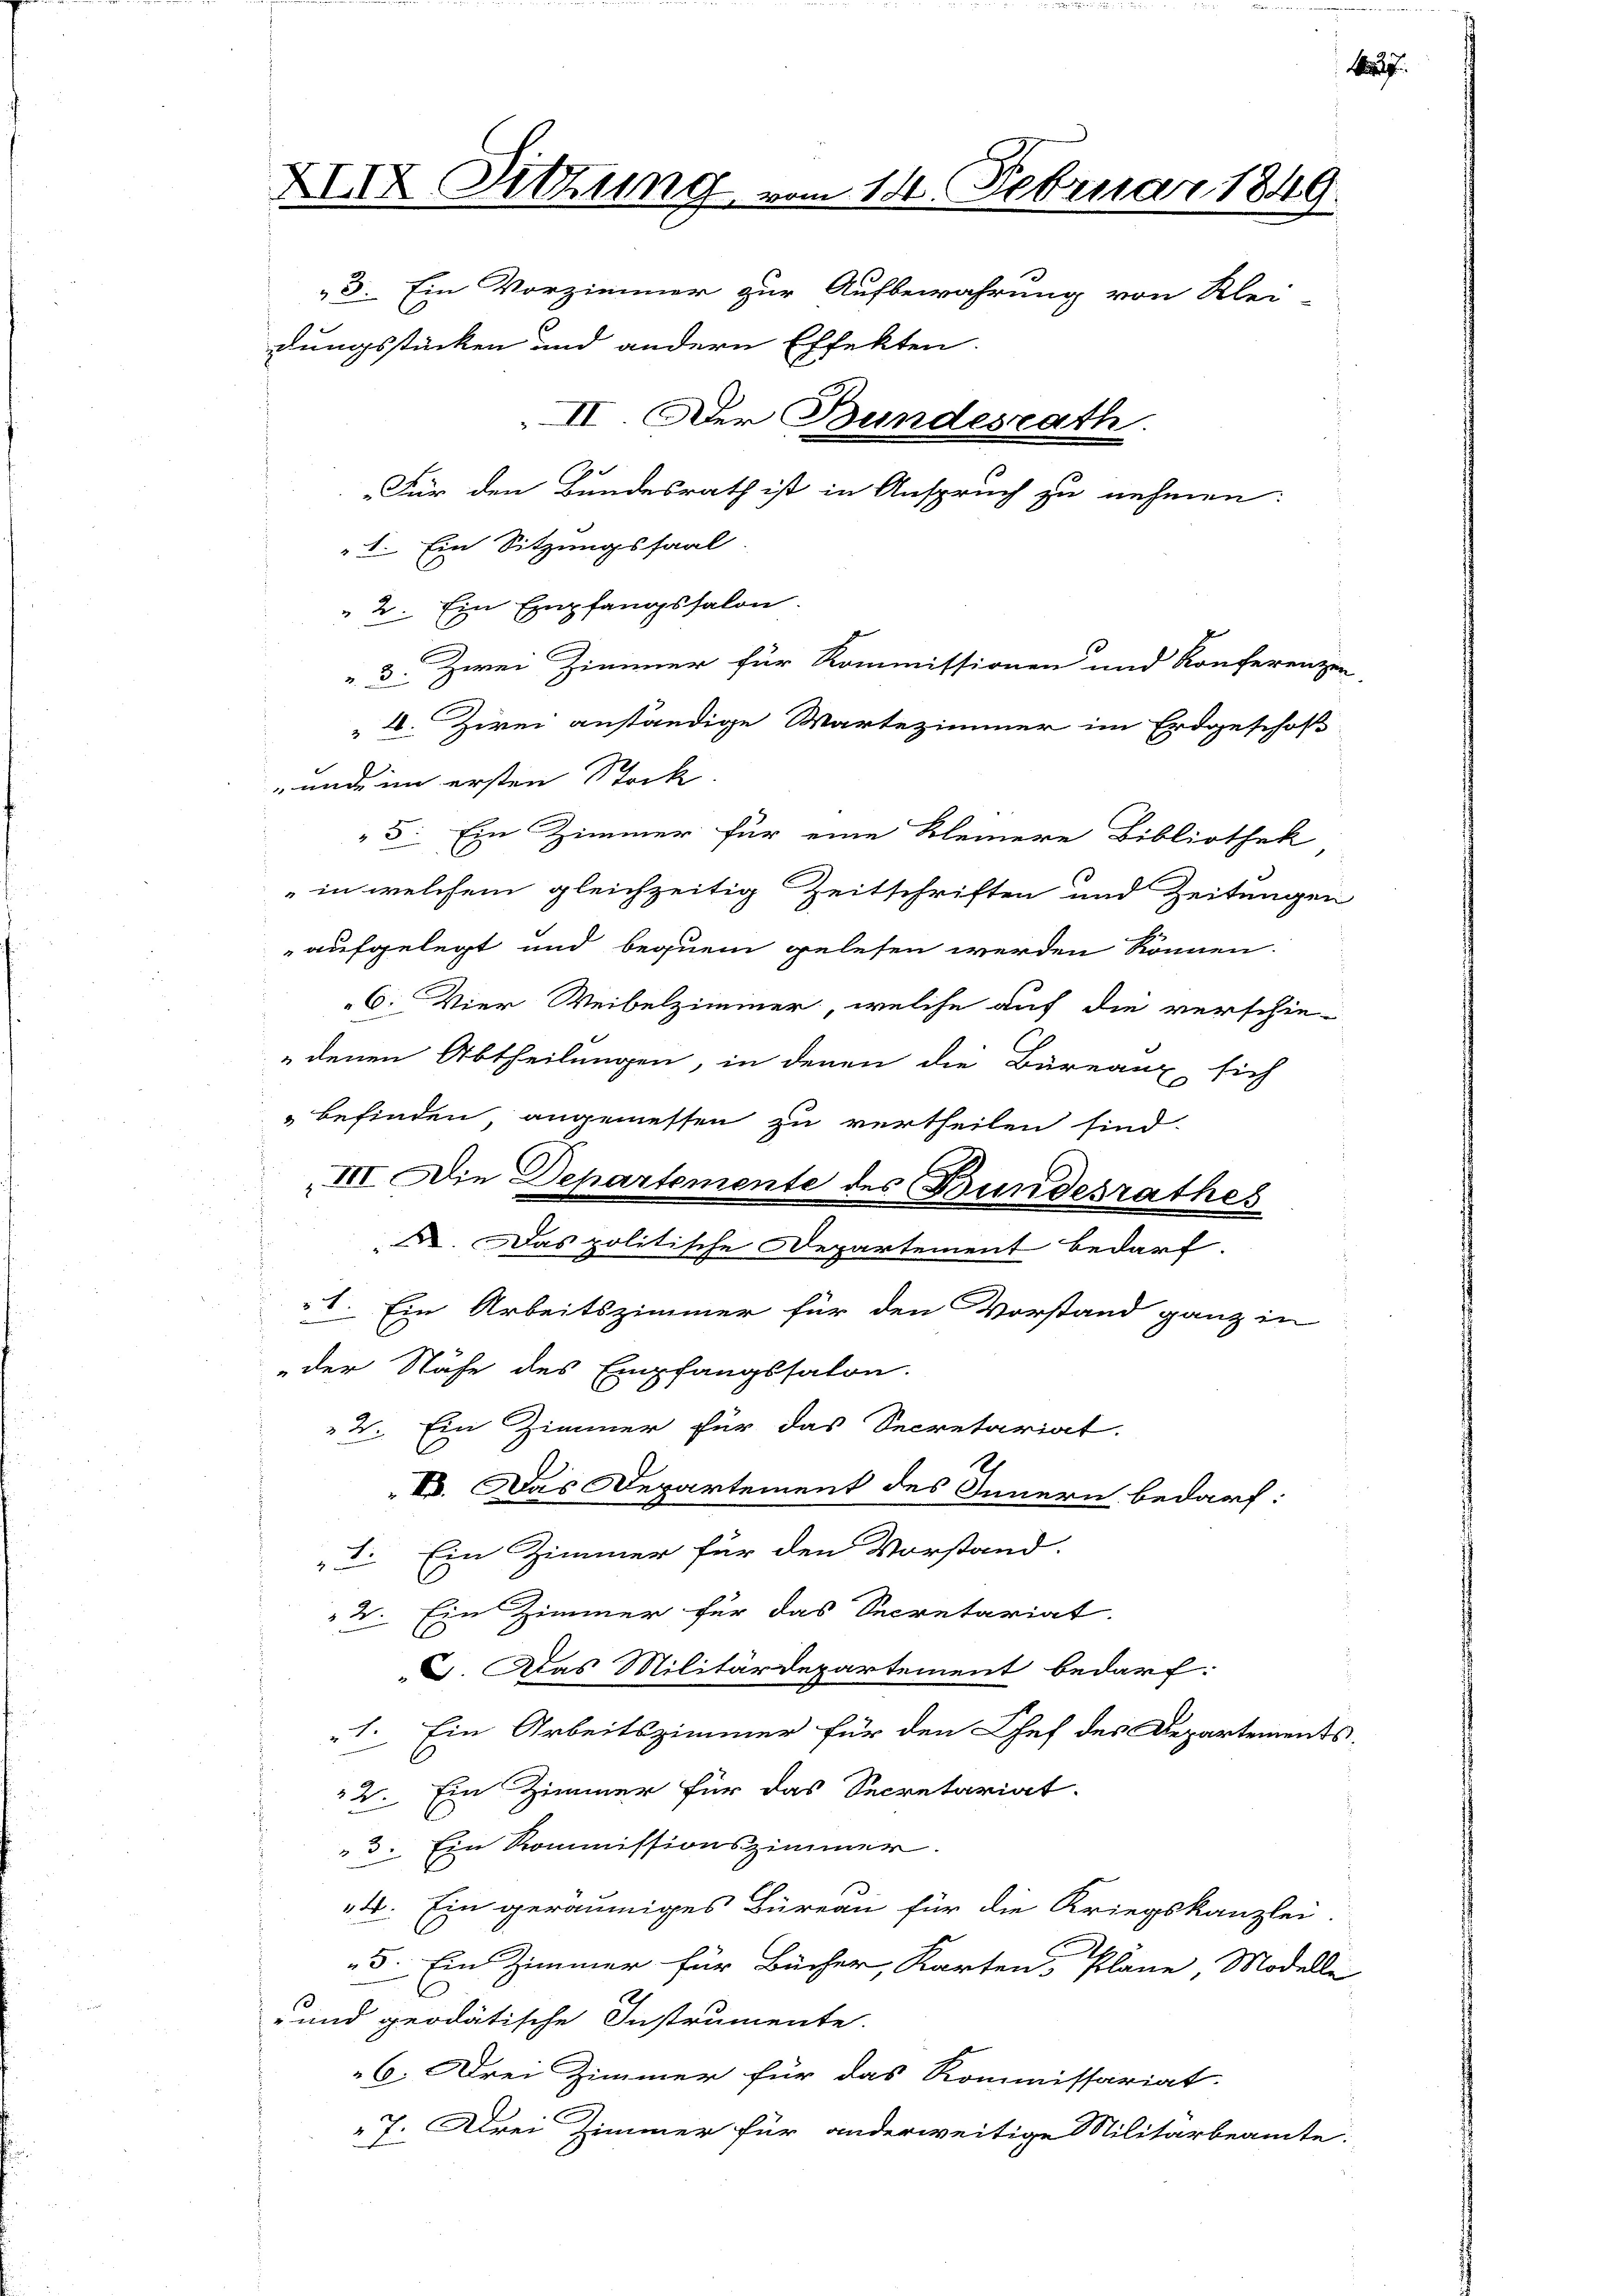
XXIX. Sitzung vom 11. Februar 1849.
3. Ein Vorzimmer zur Aufbewahrung von Klei
dungsstücken und andern Effekten.
II. Der Bundesrath.
"Für den Bundesrath ist in Anspruch zu nehmen:
1. Ein Sitzungssaal

2. Ein Empfangssalon.
3. Zwei Zimmer für Kommissionen und Konferenzen
2. Zwei anständige Wartezimmer im Erdgeschof
unde im ersten Stock.
5. Ein Zimmer für eine kleinere Bibliothek
in welchem gleichzeitig Zeitschriften und Zeitungen
aufgelegt und bequem gelesen werden können.
6. Vier Weibelzimmer, welche auf die verschie-
denen Abtheilungen, in denen die Bureaux sich
III. Die Departemente des Bundesrathes
. Das politische Departement bedarf.
1. Ein Arbeitszimmer für den Vorstand ganz in
„der Nähe des Empfangssalon.
2. Ein Zimmer für das Secretariat.
B. Das Departement des Innern bedarf:
I. Ein Zimmer für den Vorstand.
2. Ein Zimmer für das Secretariat.
G. Das Militärdepartement bedarf.
1. Ein Arbeitszimmer für den Chef des Departements-
2. Ein Zimmer für das Secretariat.
3. Ein Kommissionszimmer.
4. Ein geräumiges Büreau für die Kriegskanzlei.
5. Ein Zimmer für Bücher, Karten Plane, Modelle
- und geodätische Instrumente.
6. Drei Zimmer für das Kommissariat.
7. Drei Zimmer für anderweitige Militärbeamte.

befinden angemessen zu vertheilen sind.

.